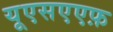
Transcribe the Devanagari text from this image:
यूएसएएफ़